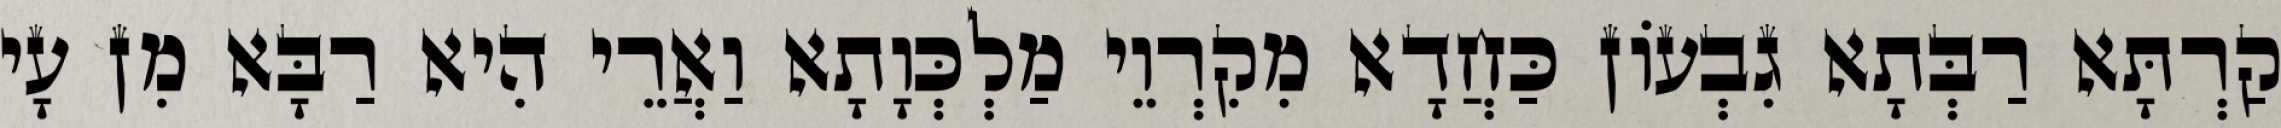
קַרְתָּא רַבְּתָא גִבְעוֹן כַּחֲדָא מִקִרְוֵי מַלְכְּוָתָא וַאֲרֵי הִיא רַבָּא מִן עָי